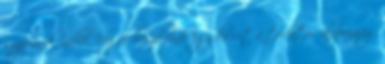
szappanok mellé. Végül beszéljünk egy kicsit a tudatos alapanyag